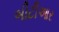
બીટીઆર